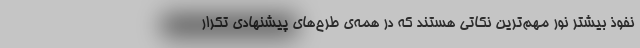
نفوذ بیشتر نور مهم‌ترین نکاتی هستند که در همه‌ی طرح‌های پیشنهادی تکرار